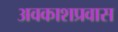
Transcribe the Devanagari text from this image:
अवकाशप्रवास